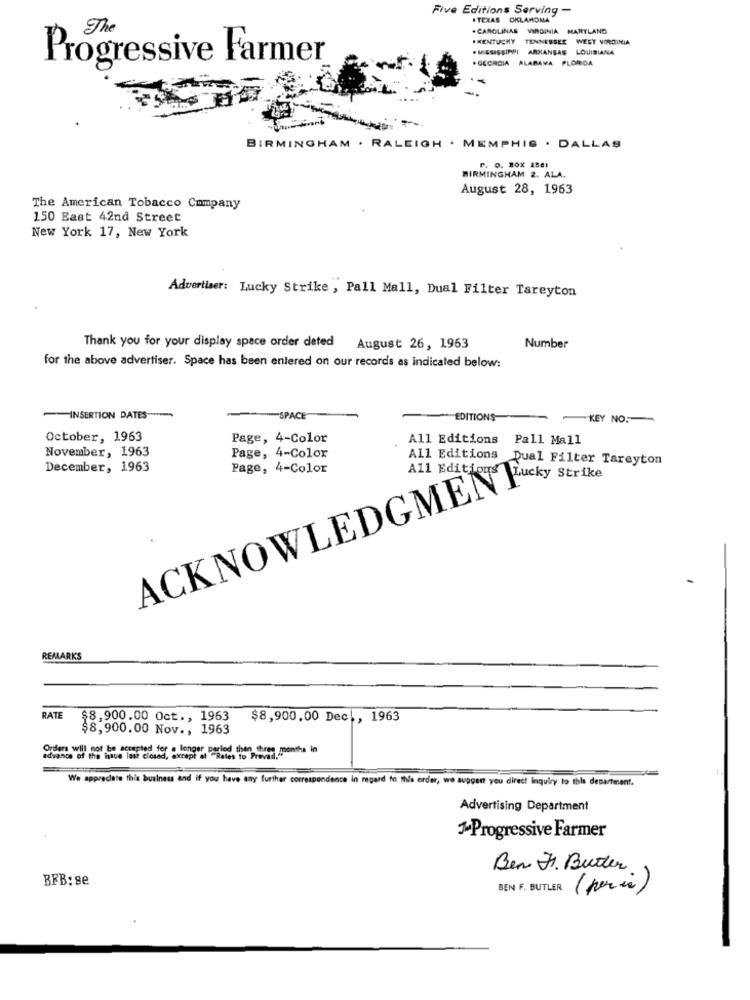
Five Editions Serving -
.TEXAS OKLAHOMA
. CAROLINAS VIRGINIA MARYLAND
#KENTUCKY TENNESSEE WEST VIRGINIA
. MISSISSIPPI ARKANSAS LOUISIANA
Progressive Farmer
. GEORGIA ALABAMA PLOROA
BIRMINGHAM . RALEIGH . MEMPHIS . DALLAS
P. O. BOX 2581
BIRMINGHAM 2. ALA.
August 28, 1963
The American Tobacco Company
150 East 42nd Street
New York 17, New York
Advertiser: Lucky Strike , Pall Mall, Dual Filter Tareyton
Thank you for your display space order deted August 26, 1963
Number
for the above advertiser. Space has been entered on our records as indicated below:
INSERTION DATES-
-SPACE
EDITIONS
KEY NO.
October, 1963
Page, 4-Color
All Editions
Pall Mall
November, 1963
Page, 4-Color
All Editions Dual Filter Tareyton
December, 1963
ACKNOWLEDGMENTcky SCHON
Page, 4-Color
All Editions
REMARK'S
RATE
$8,900.00 Oct ., 1963
$8,900.00 Dec ., 1963
$8,900.00 Nov ., 1963
advance of the issue last closed, "wrap?es asiog the three months in
We appreciate this business and if you have any further correspondence in regard to this order, we suggest you direct inquiry to this department.
Advertising Department
3Progressive Farmer
Ben H. Butter
BFB: se
BEN F. BUTLER (paris)